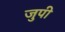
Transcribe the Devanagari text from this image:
जुपी